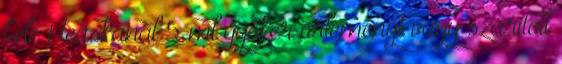
bele 1 teáskanál 5 ml gyökér őrleményt vagy szárított